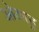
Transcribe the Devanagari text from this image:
ओआहु